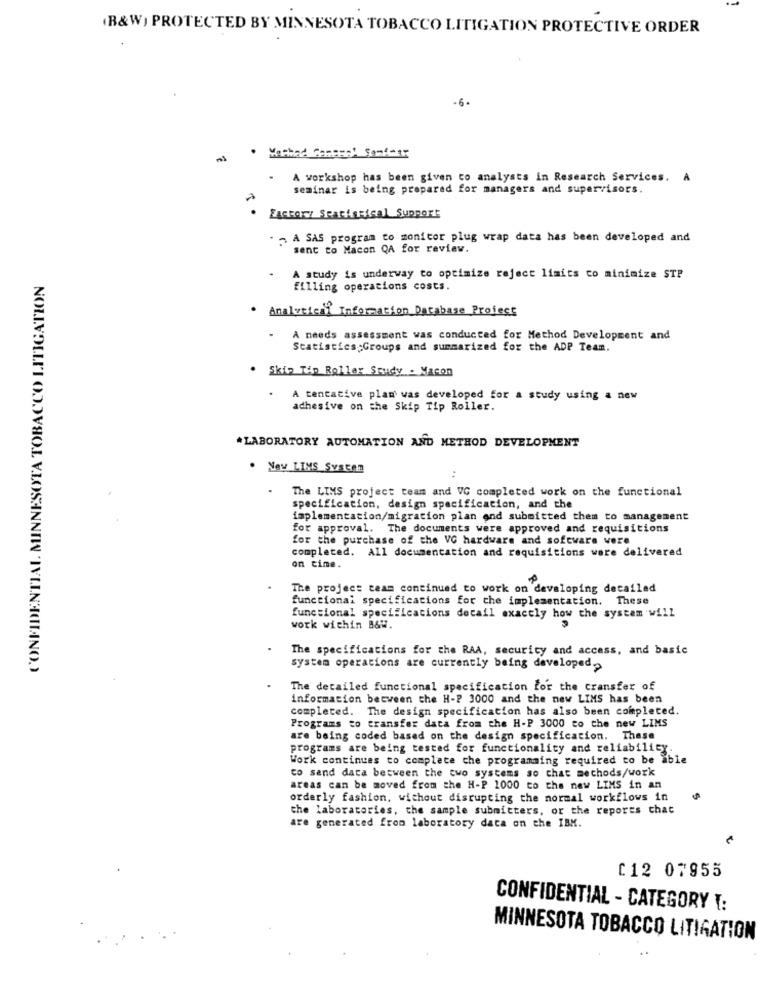
(B&W) PROTECTED BY MINNESOTA TOBACCO LITIGATION PROTECTIVE ORDER
-6.
· Method Company Samt-45
A workshop has been given to analysts in Research Services. A
seminar is being prepared for managers and supervisors.
Factory Seactasical Support
- - A SAS program to monitor plug wrap data has been developed and
sent to Macon QA for review.
CONFIDENTIAL MINNESOTA TOBACCO LITIGATION
A study is underway to optimize reject limits co minimize STP
filling operations costs.
Analytical Information Database Profect
A needs assessment was conducted for Method Development and
Statistics Groups and summarized for the ADP Team.
. Skip Tip Roller Study . Macon
A tentative plan was developed for a study using a new
adhesive on the Skip Tip Roller.
*LABORATORY AUTOMATION AND METHOD DEVELOPMENT
. Now LIMS System
.
The LIMS project team and VG completed work on the functional
specification, design specification, and the
implementation/migration plan end submitted them to management
for approval. The documents were approved and requisitions
for the purchase of the VC hardware and software vere
completed. All documentation and requisitions were delivered
on time.
The project team continued to work on developing detailed
functional specifications for the implementation.
These
functional specifications detail exactly how the system will
work within B&W.
The specifications for the RAA, security and access, and basic
system operations are currently being developed.
The detailed functional specification for the transfer of
information between the H-P 3000 and the new LIMS has been
completed. The design specification has also been completed.
Programs to transfer data from the H-P 3000 to the new LIMS
are being coded based on the design specification. These
programs are being tested for functionality and reliability.
Work continues to complete che programming required to be able
to send data between the two systems so that methods/work
areas can be moved from the H-P 1000 to the new LIMS in an
orderly fashion, without disrupting the normal workflows in
the laboratories, the sample submitters, or the reports chat
are generated from laboratory data on the IBM.
012 07955
CONFIDENTIAL - CATEGORY :
MINNESOTA TOBACCO LITIGATION